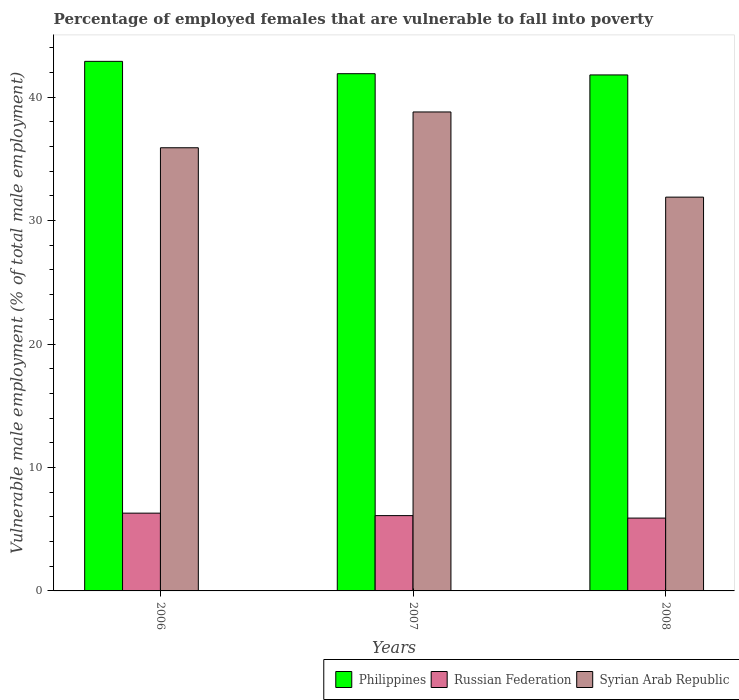
| Years | Philippines | Russian Federation | Syrian Arab Republic |
 | --- | --- | --- | --- |
 | 2006 | 42.9 | 6.3 | 35.9 |
 | 2007 | 41.9 | 6.1 | 38.8 |
 | 2008 | 41.8 | 5.9 | 31.9 |